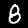
Digit: 8